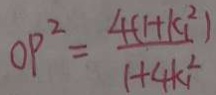
O P ^ { 2 } = \frac { 4 ( 1 + k _ { 1 } ^ { 2 } ) } { 1 + 4 k _ { 1 } ^ { 2 } }